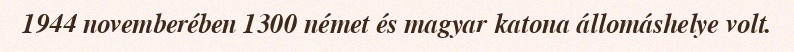
1944 novemberében 1300 német és magyar katona állomáshelye volt.